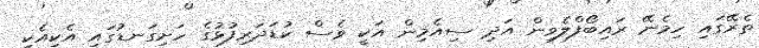
ތެރޭގައި ހިމެނޭ ރައިބޯފްލެވިން އަދި ސިއެމިން އަކީ ވެސް ކުޑަދަރިފުޅުގެ ހަށިގަނޑުގައި އެކިއެކި